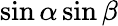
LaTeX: \sin\alpha\sin\beta